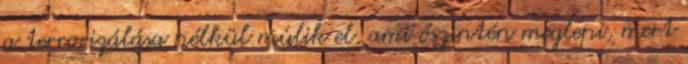
a terrorizálása nélkül múlik el, ami őszintén meglepi, mert